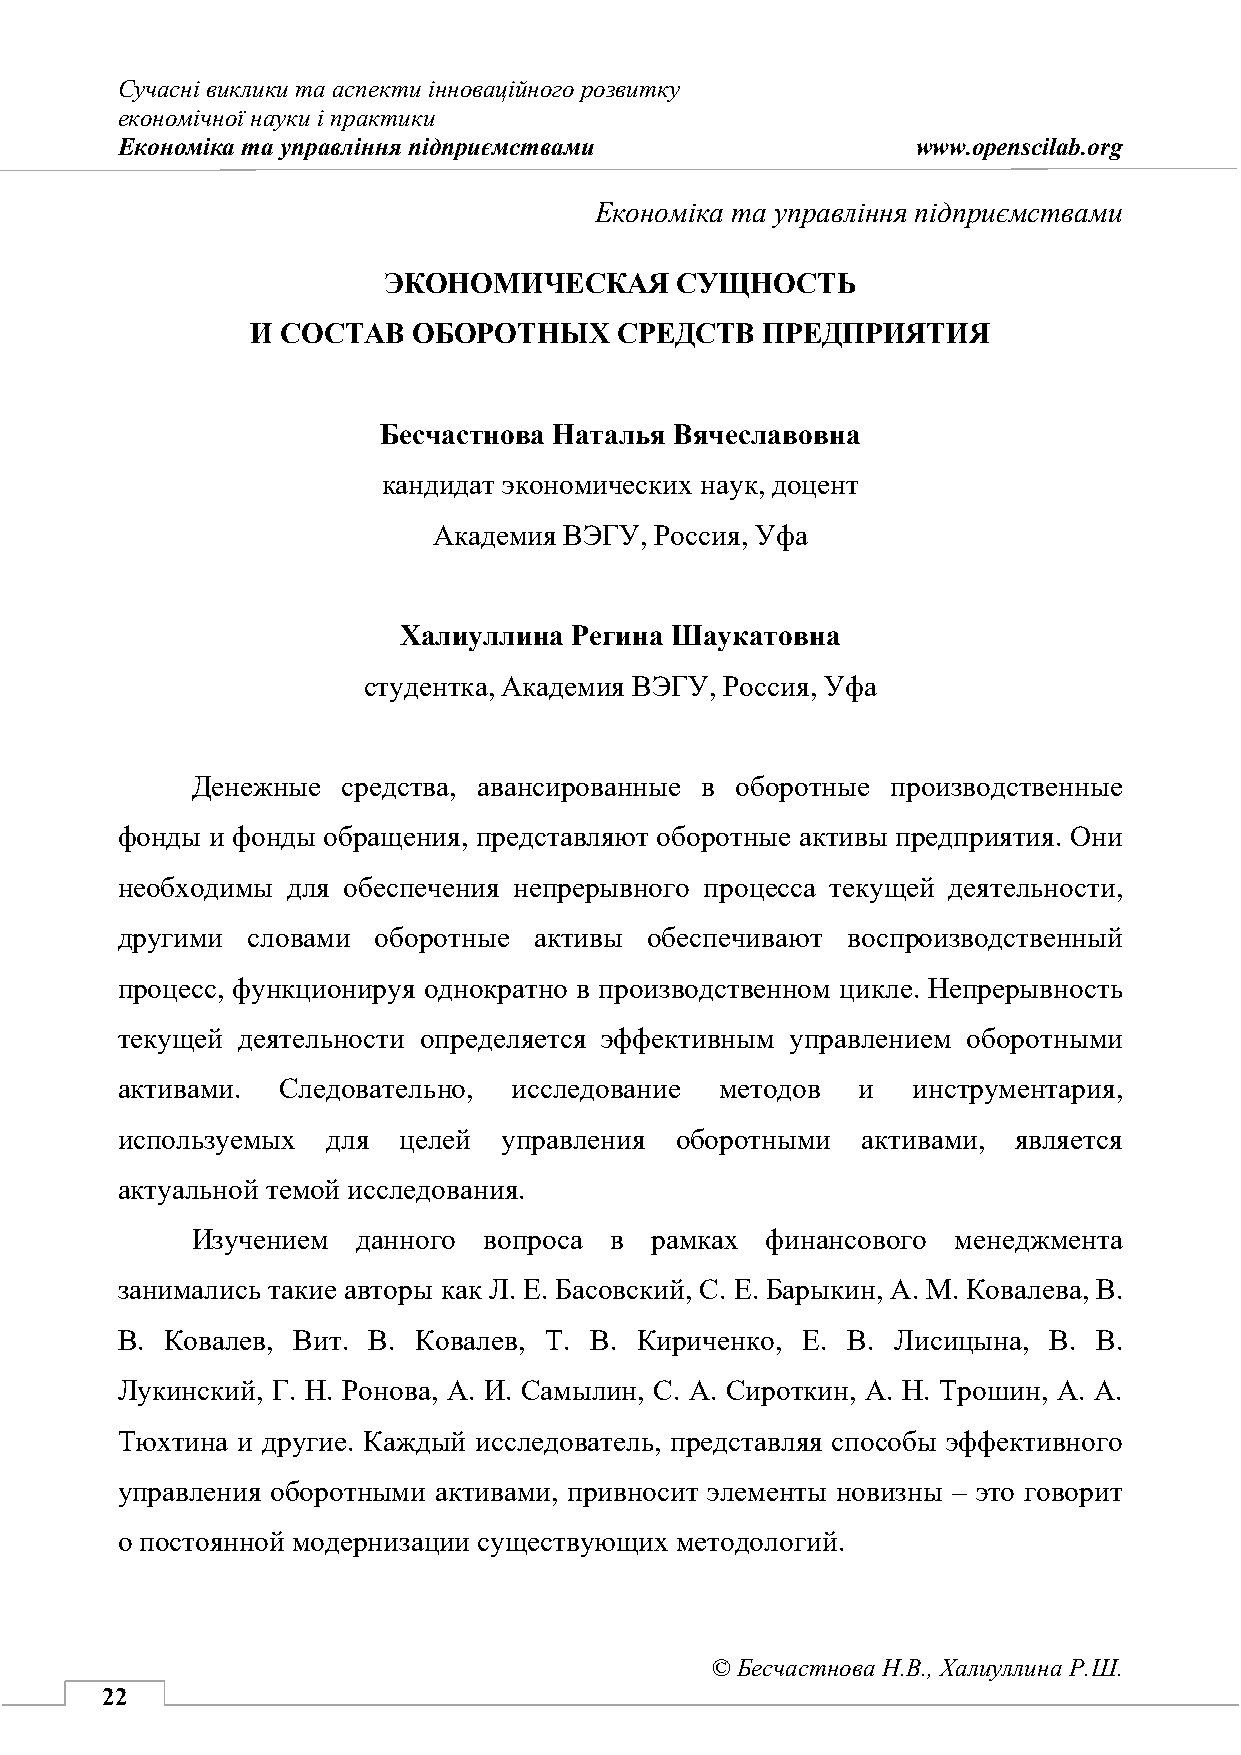
Сучасні виклики та аспекти інноваційного розвитку
 економічної науки і практики
 Економіка та управління підприємствами               www.openscilab.org
 Бесчастнова Н.В., Халиуллина Р.Ш.
 Економіка та управління підприємствами
 ЭКОНОМИЧЕСКАЯ       СУЩНОСТЬ
 И СОСТАВ  ОБОРОТНЫХ     СРЕДСТВ  ПРЕДПРИЯТИЯ
 Бесчастнова Наталья Вячеславовна
 кандидат экономических наук, доцент
 Академия ВЭГУ, Россия, Уфа
 Халиуллина  Регина Шаукатовна
 студентка, Академия ВЭГУ, Россия, Уфа
 Денежные  средства, авансированные в оборотные производственные
 фонды и фонды обращения, представляют оборотные активы предприятия. Они
 необходимы для обеспечения непрерывного процесса текущей деятельности,
 другими словами  оборотные активы  обеспечивают воспроизводственный
 процесс, функционируя однократно в производственном цикле. Непрерывность
 текущей деятельности определяется эффективным управлением оборотными
 активами.  Следовательно, исследование  методов  и  инструментария,
 используемых  для целей  управления  оборотными  активами, является
 актуальной темой исследования.
 Изучением  данного вопроса в  рамках  финансового менеджмента
 занимались такие авторы как Л. Е. Басовский, С. Е. Барыкин, А. М. Ковалева, В.
 В. Ковалев, Вит. В. Ковалев, Т. В. Кириченко, Е. В. Лисицына, В. В.
 Лукинский, Г. Н. Ронова, А. И. Самылин, С. А. Сироткин, А. Н. Трошин, А. А.
 Тюхтина и другие. Каждый исследователь, представляя способы эффективного
 управления оборотными активами, привносит элементы новизны – это говорит
 о постоянной модернизации существующих методологий.
 © Бесчастнова Н.В., Халиуллина Р.Ш.
 22